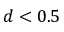
d < 0 . 5